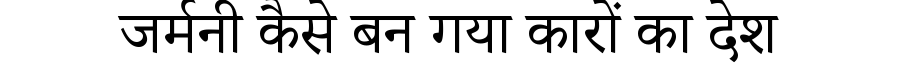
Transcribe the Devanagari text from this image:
जर्मनी कैसे बन गया कारों का देश